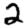
Digit: 2